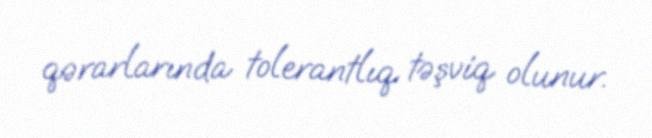
qərarlarında tolerantlıq təşviq olunur.